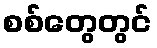
စစ်တွေတွင်